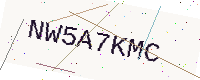
Text: NW5A7KMC